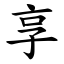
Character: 享